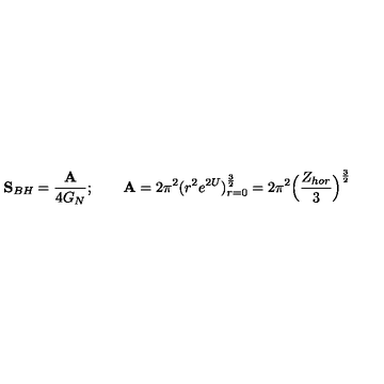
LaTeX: { \bf S } _ { B H } = { \frac { \bf A } { 4 G _ { N } } } ; \qquad { \bf A } = 2 \pi ^ { 2 } ( r ^ { 2 } e ^ { 2 U } ) _ { r = 0 } ^ { \frac { 3 } { 2 } } = 2 \pi ^ { 2 } \Big ( { \frac { Z _ { h o r } } { 3 } } \Big ) ^ { \frac { 3 } { 2 } }